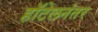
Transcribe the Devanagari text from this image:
हॉटेलनंतर